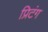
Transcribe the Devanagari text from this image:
प्रिटंग